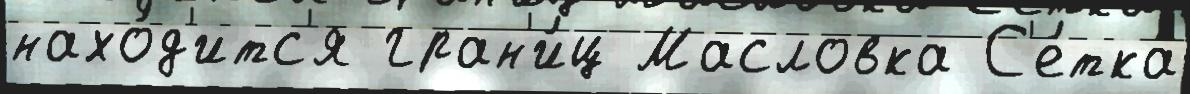
нахо́д'итс'я гран'и́ц Масловка С'е́тка